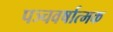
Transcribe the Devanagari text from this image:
पञ्चवर्षात्मक